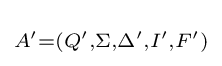
\scriptstyle A'=(Q',\Sigma ,\Delta ',I',F')